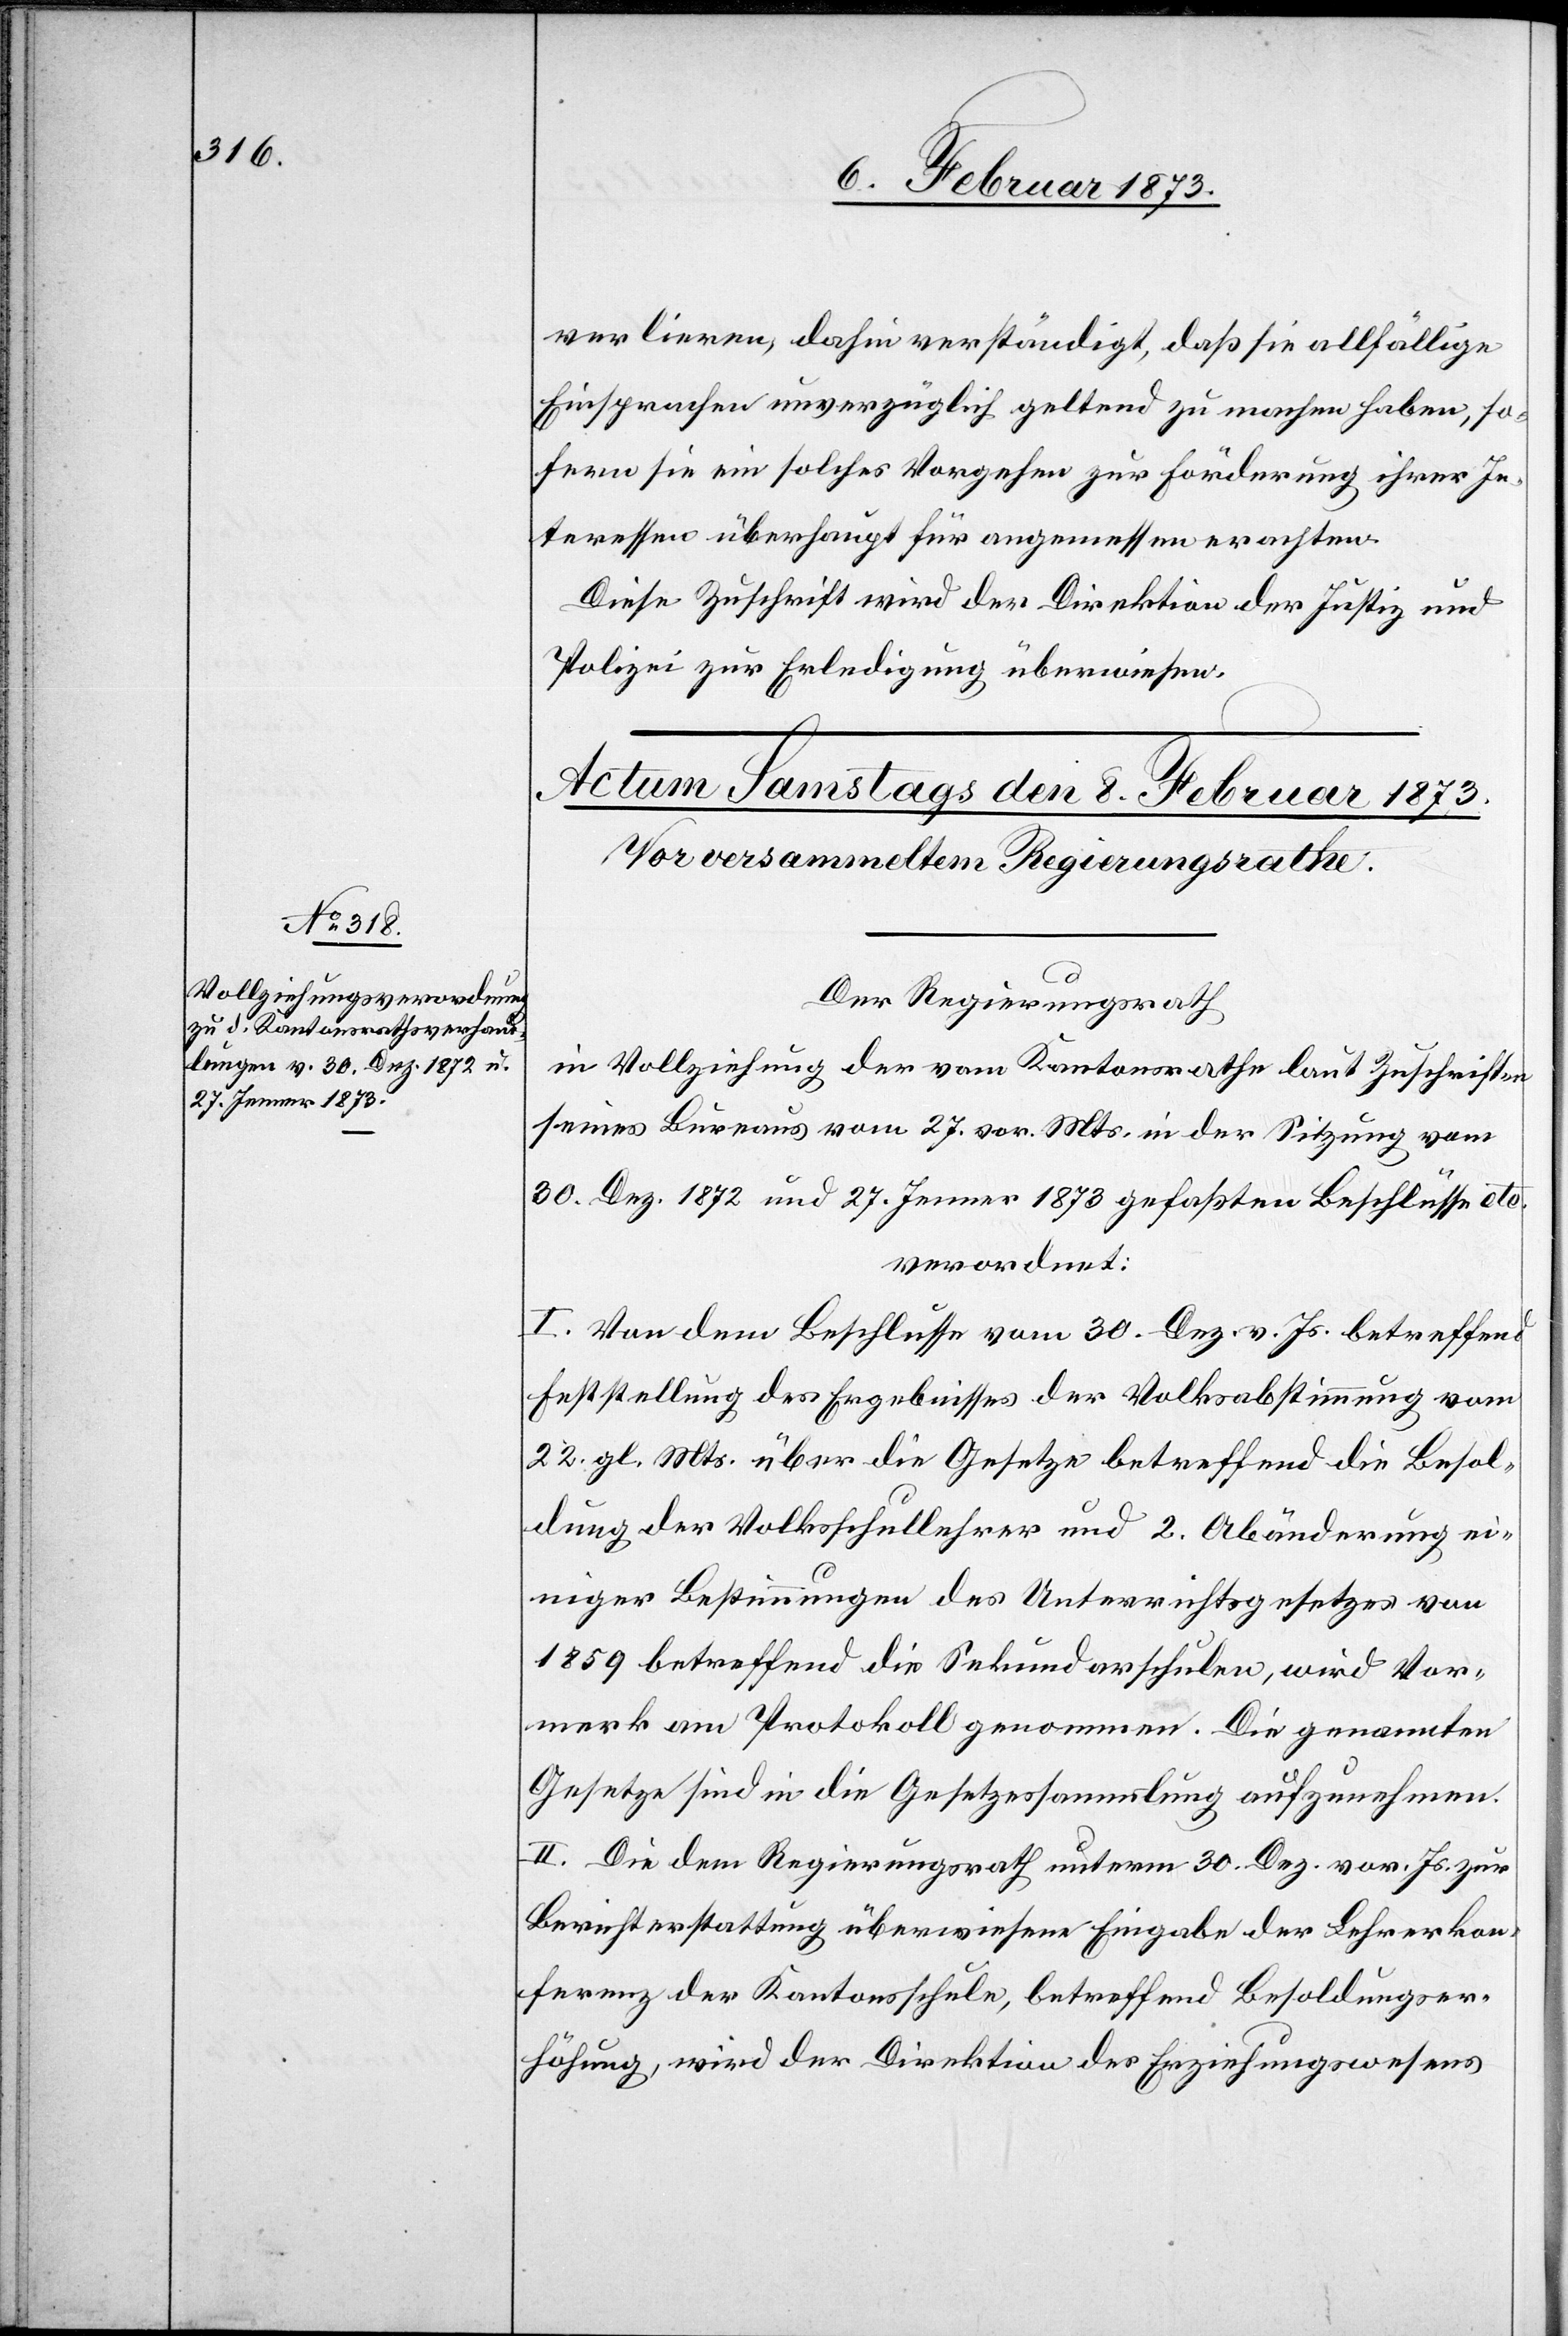
verlieren, dahin verständigt, daß sie allfällige
Einsprachen unverzüglich geltend zu machen haben, so¬
fern sie ein solches Vorgehen zur Förderung ihrer In¬
teressen überhaupt für angemessen erachten.
Diese Zuschrift wird der Direktion der Justiz und
Polizei zur Erledigung überwiesen.
Der Regierungsrath
in Vollziehung der vom Kantonsrathe laut Zuschriften
seines Bureaus vom 27. vor. Mts. in der Sitzung vom
30. Dez. 1872 und 27. Jenner 1873 gefaßten Beschlüsse etc.
verordnet:
I. Von dem Beschlusse vom 30. Dez. v. Js. betreffend
Feststellung des Ergebnisses der Volksabstimmung vom
22. gl. Mts. über die Gesetze betreffend die Besol¬
dung der Volksschullehrer und 2. Abänderung ei¬
niger Bestimmungen des Unterrichtsgesetzes von
1859 betreffend die Sekundarschulen, wird Vor¬
merk am Protokoll genommen. Die genannten
Gesetze sind in die Gesetzessammlung aufzunehmen.
II. Die dem Regierungsrath unterm 30. Dez. vor. Js. zur
Berichterstattung überwiesene Eingabe der Lehrerkon¬
ferenz der Kantonsschule, betreffend Besoldungser¬
höhung, wird der Direktion des Erziehungswesens